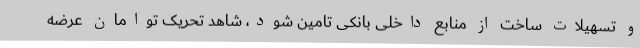
و تسهیلات ساخت از منابع داخلی بانکی تامین شود، شاهد تحریک توامان عرضه